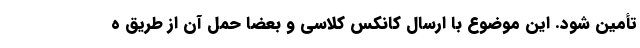
تأمین شود. این موضوع با ارسال کانکس کلاسی و بعضا حمل آن از طریق ه